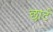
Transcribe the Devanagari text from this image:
छार्ट